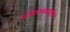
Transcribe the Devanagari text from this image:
अभिधम्मत्थगंठिपद